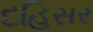
દહિસર